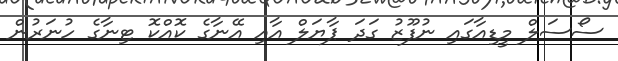
ސޯސަލް މީޑިއާގައި ނުފޫޒު ގަދަ ޕާޔަލް އާއި އޭނާގެ ކޮއްކޮ ޓިނާގެ ހުނަރުން